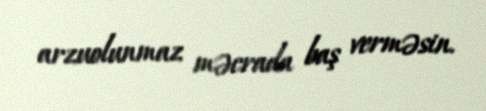
arzuolunmaz məcrada baş verməsin.